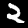
Label: 2